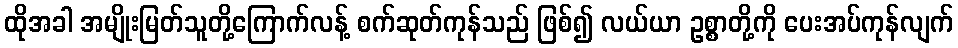
ထိုအခါ အမျိုးမြတ်သူတို့ကြောက်လန့် စက်ဆုတ်ကုန်သည် ဖြစ်၍ လယ်ယာ ဥစ္စာတို့ကို ပေးအပ်ကုန်လျက်